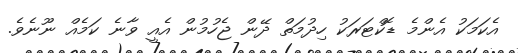
އެކަމަކު އެންމެ ޑޮކްޓަރަކު ހިދުމަތް ދޭން ޖެހުމުން އެއީ ވާނެ ކަމެއް ނޫނެވެ.